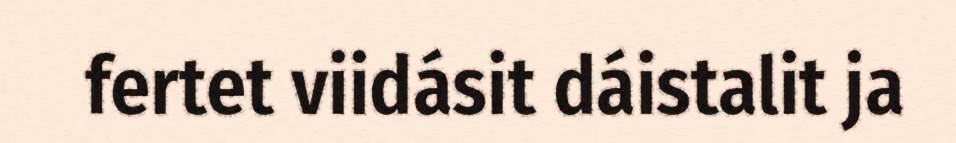
fertet viidásit dáistalit ja